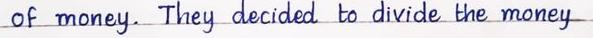
of money. They decided to divide the money